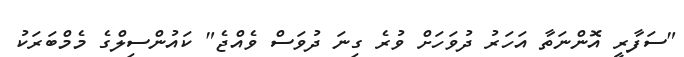
"ސަފާރީ އޮންނަތާ އަހަރު ދުވަހަށް ވުރެ ގިނަ ދުވަސް ވެއްޖެ" ކައުންސިލްގެ މެމްބަރަކު